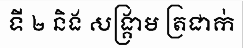
ទី ២ និង សង្គ្រាម ត្រជាក់